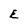
Character: E